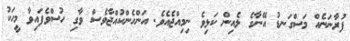
ފުރާނަނެއް މަސްގަނޑު އޭނާގެ ލެއިން ކަޅިވެ ނިމިއްޖެއެވެ. އަންހެންކުއްޖާވެސް ވާގި ހުސްވެފައިވާ މީހަކު